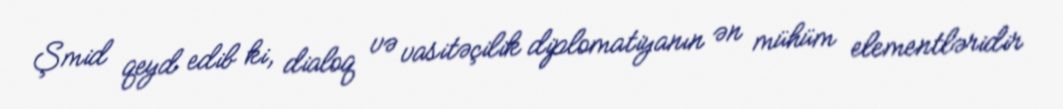
Şmid qeyd edib ki, dialoq və vasitəçilik diplomatiyanın ən mühüm elementləridir